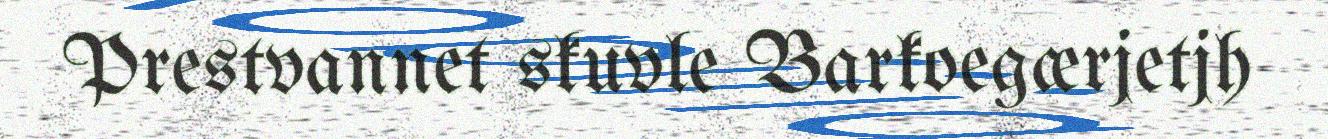
Prestvannet skuvle Barkoegærjetjh